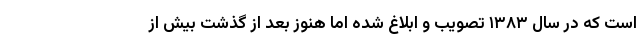
است که در سال ۱۳۸۳ تصویب و ابلاغ شده اما هنوز بعد از گذشت بیش از